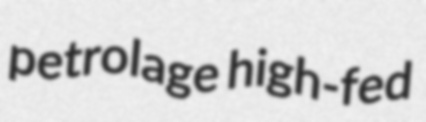
petrolage high-fed